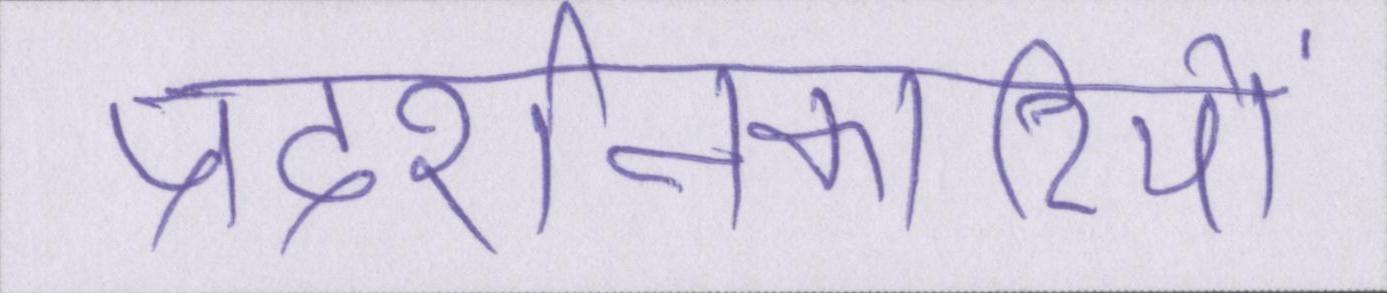
प्रदर्शनकारियों